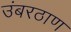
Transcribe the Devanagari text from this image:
उंबरठाण